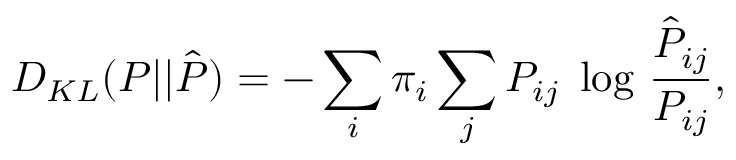
D _ { K L } ( P | | \hat { P } ) = - \sum _ { i } \pi _ { i } \sum _ { j } P _ { i j } \; \log \, \frac { \hat { P } _ { i j } } { P _ { i j } } ,